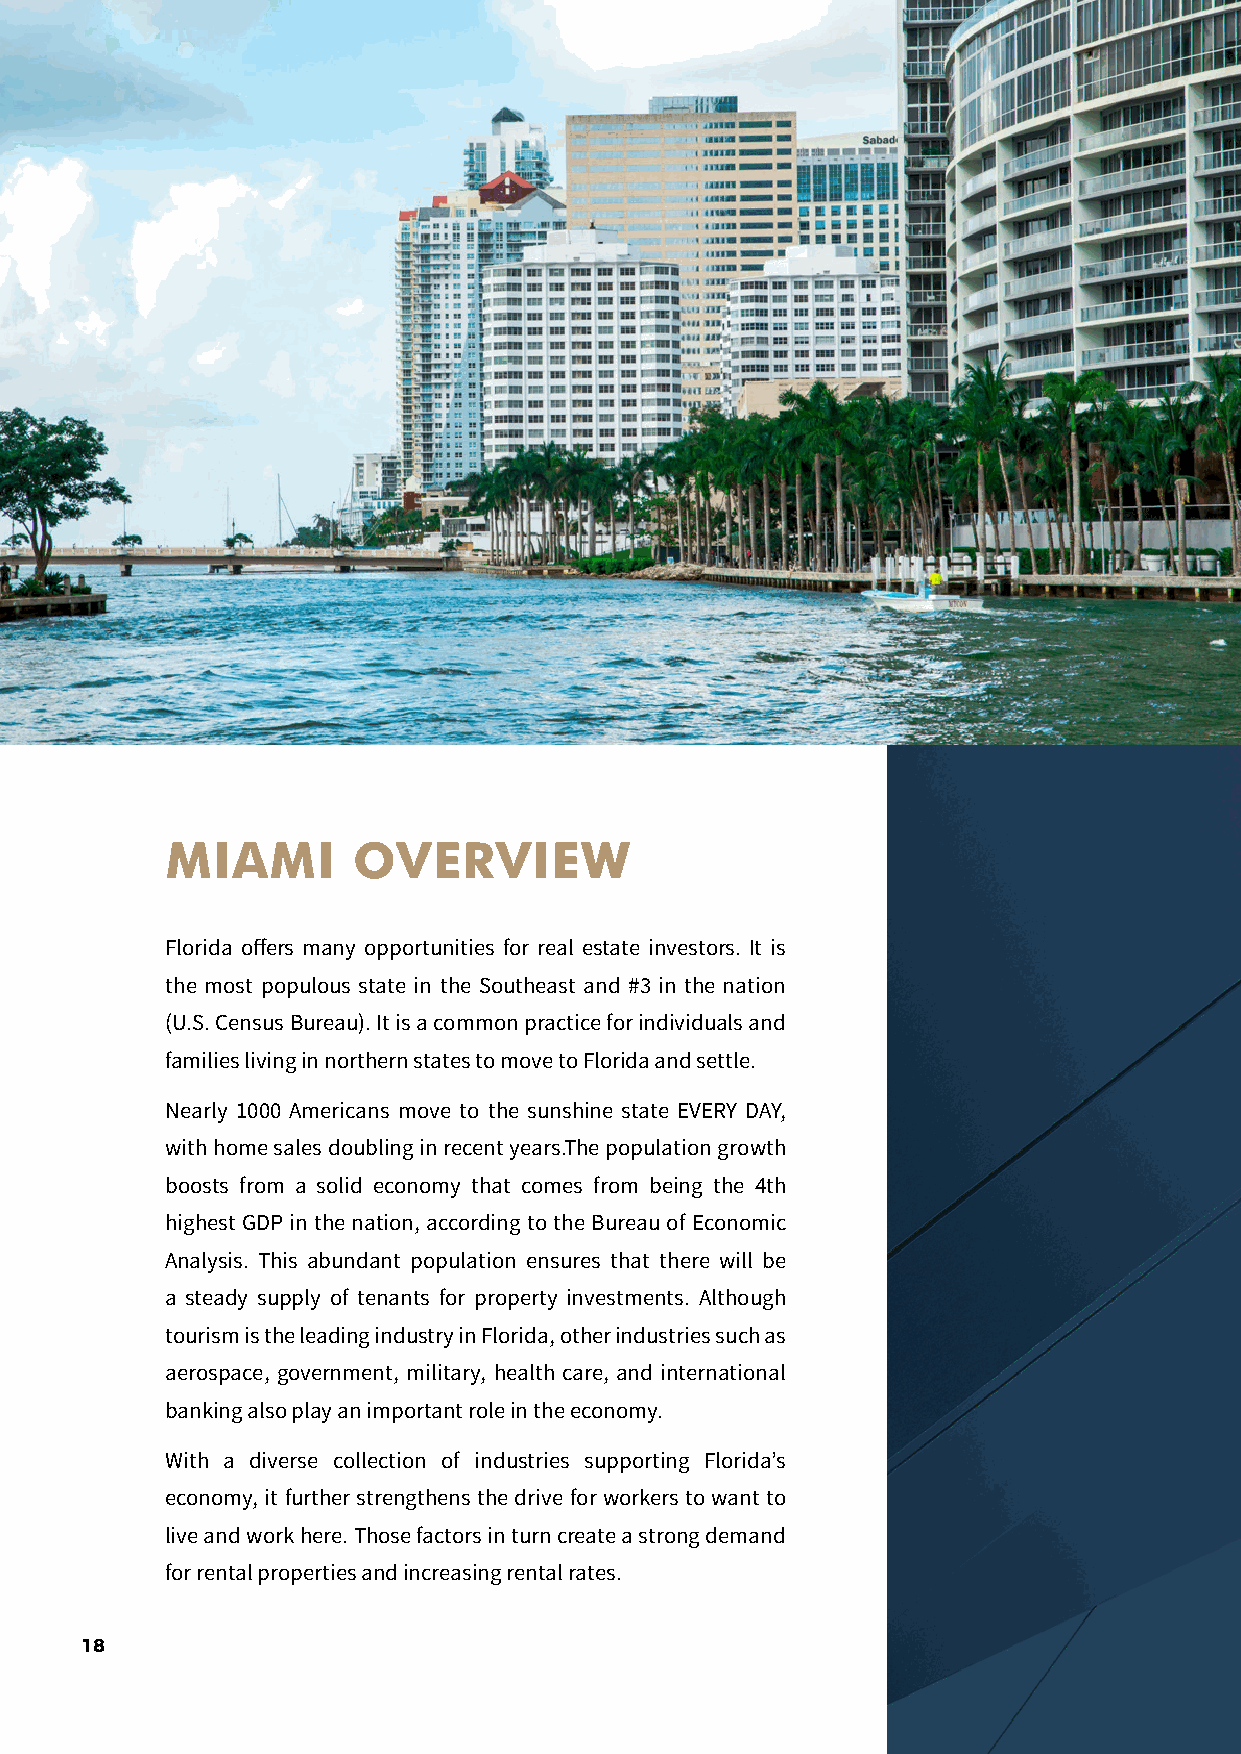
MIAMI       OVERVIEW
 Florida offers many opportunities for real estate investors. It is
 the most populous state in the Southeast and #3 in the nation
 (U.S. Census Bureau). It is a common practice for individuals and
 families living in northern states to move to Florida and settle.
 Nearly 1000 Americans move to the sunshine state EVERY DAY,
 with home sales doubling in recent years.The population growth
 boosts from a solid economy that comes from being the 4th
 highest GDP in the nation, according to the Bureau of Economic
 Analysis. This abundant population ensures that there will be
 a steady supply of tenants for property investments. Although
 tourism is the leading industry in Florida, other industries such as
 aerospace, government, military, health care, and international
 banking also play an important role in the economy.
 With a diverse collection of industries supporting Florida’s
 economy, it further strengthens the drive for workers to want to
 live and work here. Those factors in turn create a strong demand
 for rental properties and increasing rental rates.
 18